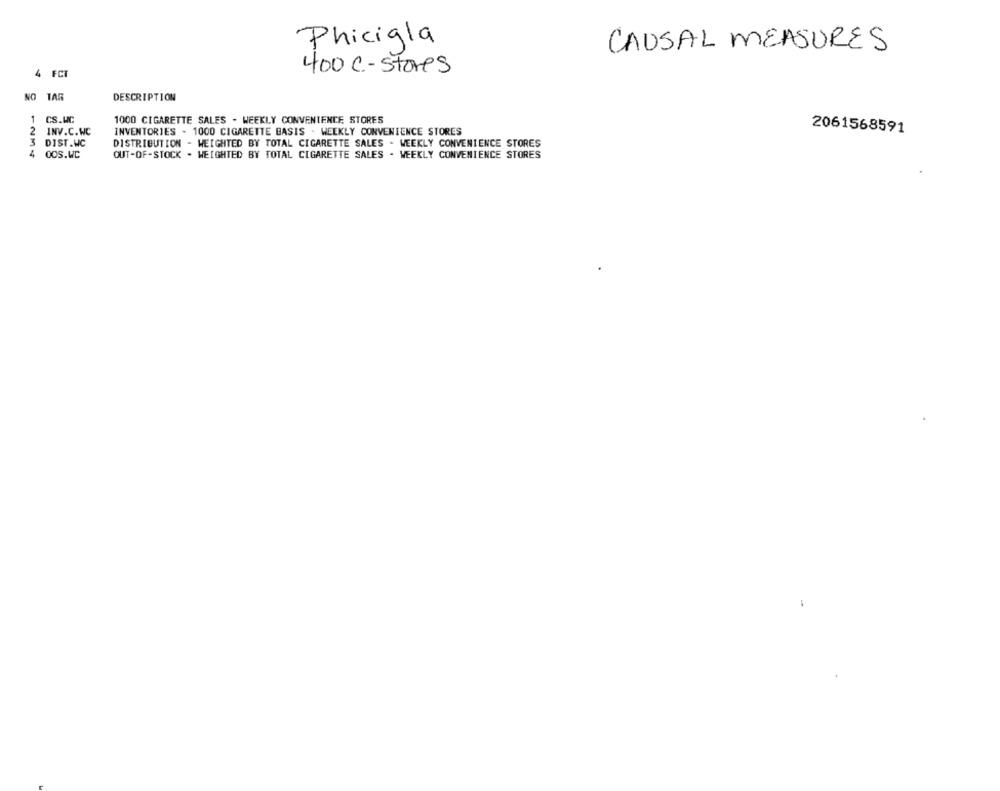
Phicigla
CAUSAL MEASURES
400 C - stores
4 FCT
NO TAR
DESCRIPTION
1 CS.WC
1000 CIGARETTE SALES - WEEKLY CONVENIENCE STORES
2 INV.C.WC
INVENTORIES - 1000 CIGARETTE BASIS . WEEKLY CONVENIENCE STORES
2061568591
3
DIST.WC
DISTRIBUTION - WEIGHTED BY TOTAL CIGARETTE SALES - WEEKLY CONVENIENCE STORES
4
OOS.WC
OUT-OF-STOCK . WEIGHTED BY TOTAL CIGARETTE SALES - WEEKLY CONVENIENCE STORES